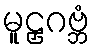
မူဠှဂဗ္ဘံ